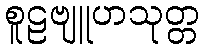
စူဠဗျူဟသုတ္တ